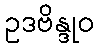
ဥဒဗိန္ဒုဝ